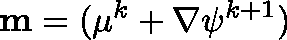
\mathbf { m } = ( \mathbf { \mu } ^ { k } + \nabla \psi ^ { k + 1 } )